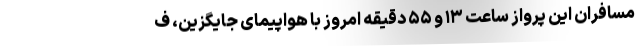
مسافران این پرواز ساعت ۱۳ و ۵۵ دقیقه امروز با هواپیمای جایگزین، ف